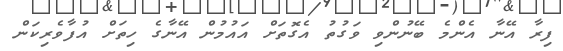
ފިރާ އޭނާ އެންމެ ބޭނުންވި ވަގުތު އެގޮތަށް އައުމުން އޭނާގެ ހިތަށް އުފާވެރިކަން